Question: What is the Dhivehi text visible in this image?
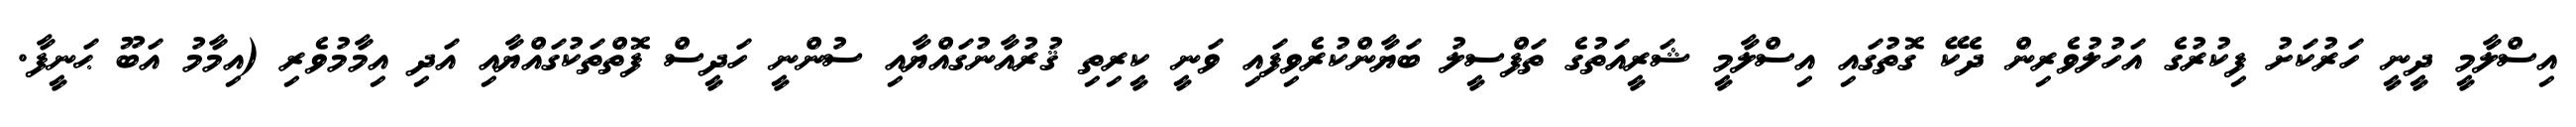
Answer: އިސްލާމީ ދީނީ ހަރުކަށު ފިކުރުގެ އަހުލުވެރިން ދެކޭ ގޮތުގައި އިސްލާމީ ޝަރީއަތުގެ ތަފްސީލު ބަޔާންކުރެވިފައި ވަނީ ކީރިތި ޤުރުއާނުގައްޔާއި ސުންނީ ހަދީސް ފޮތްތަކުގައްޔާއި އަދި އިމާމުވެރި (އިމާމު އަބޫ ޙަނީފާ.